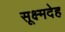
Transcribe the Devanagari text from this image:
सूक्ष्मदेह